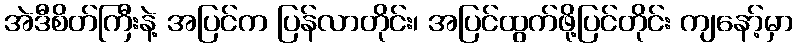
အဲဒီစိတ်ကြီးနဲ့ အပြင်က ပြန်လာတိုင်း၊ အပြင်ထွက်ဖို့ပြင်တိုင်း ကျနော့်မှာ